Annual administration and progress report of the Indian Medical Department, Bombay
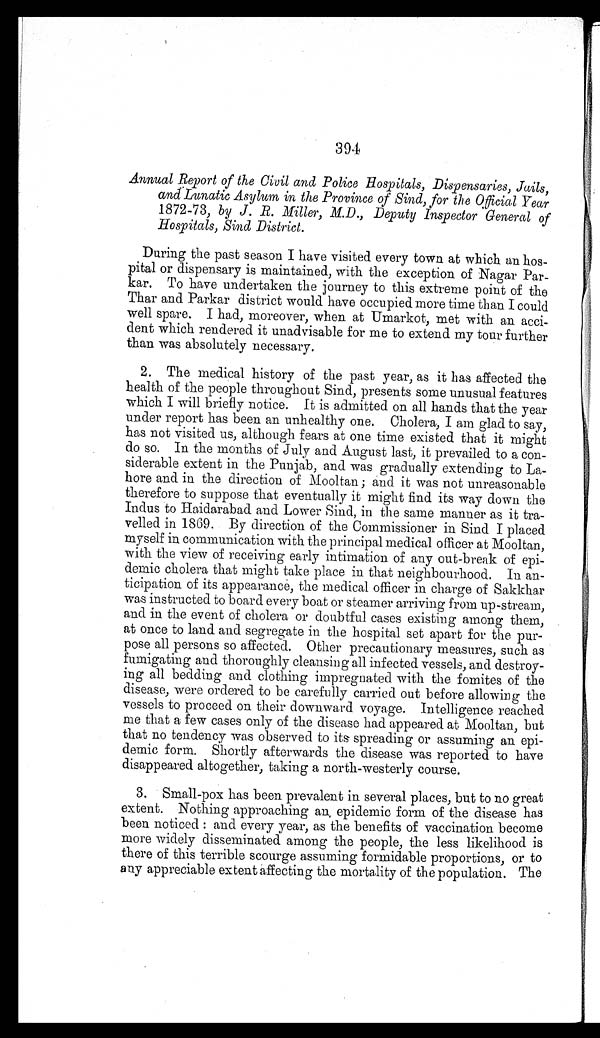
394
Annual Report of the Civil and Police Hospitals, Dispensaries, Jails,
and Lunatic Asylum in the Province of Sind, for the Official Year
1872-73, by J. R. Miller, M.D., Deputy inspector General of
Hospitals, Sind District.
During the past season I have visited every town at which an hos
-pital or dispensary is maintained, with the exception of Nagar Par
-kar. To have undertaken the journey to this extreme point of the
Thar and Parkar district would have occupied more time than I could
well spare. I had, moreover, when at Umarkot, met with an acci
-dent which rendered it unadvisable for me to extend my tour further
than was absolutely necessary.
2. The medical history of the past year, as it has affected the
health of the people throughout Sind, presents some unusual features
which I will briefly notice. It is admitted on all hands that the year
under report has been an unhealthy one. Cholera, I am glad to say,
has not visited us, although fears at one time existed that it might
do so. In the months of July and August last, it prevailed to a con
-siderable extent in the Punjab, and was gradually extending to La--
hore and in the direction of Mooltan; and it was not unreasonable
therefore to suppose that eventually it might find its way down the
Indus to Haidarabad and Lower Sind, in the same manner as it tra
- v e l l e d i n 1 8 6 9 . B y d i r e c t i o n o f t h e C o m m i s s i o n e r i n S i n d I p l a c e d
myself in communication with the principal medical officer at Mooltan,
with the view of receiving early intimation of any out-break of epi
-demic cholera that might take place in that neighbourhood. In an-
ticipation of its appearance, the medical officer in charge of Sakkhar
was instructed to board every boat or steamer arriving from up-stream,
and in the event of cholera or doubtful cases existing among them,
at once to land and segregate in the hospital set apart for the pur
- p o s e a l l p e r s o n s s o a f f e c t e d . O t h e r p r e c a u t i o n a r y m e a s u r e s , s u c h a s
fumigating and thoroughly cleansing all infected vessels, and destroy
- i n g a l l b e d d i n g a n d c l o t h i n g i m p r e g n a t e d w i t h t h e f o m i t e s o f t h e
disease, were ordered to be carefully carried out before allowing the
vessels to proceed on their downward voyage. Intelligence reached
me that a few cases only of the disease had appeared at Mooltan, but
that no tendency was observed to its-spreading or assuming an epi
- d e m i c f o r m . S h o r t l y a f t e r w a r d s t h e d i s e a s e w a s r e p o r t e d t o h a v e
disappeared altogether, taking a north-westerly course.
3. Small-pox has been prevalent in several places, but to no great
extent. Nothing approaching an epidemic form of the disease has
been noticed: and every year, as the benefits of vaccination become
more widely disseminated among the people, the less likelihood is
there of this terrible scourge assuming formidable proportions, or to
any appreciable extent affecting the mortality of the population. The